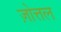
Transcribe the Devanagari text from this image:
ज़ोत्तल